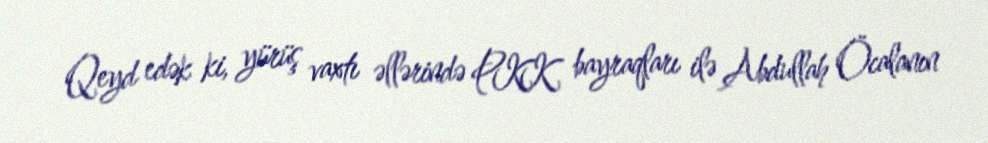
Qeyd edək ki, yürüş vaxtı əllərində PKK bayraqları ilə Abdullah Öcalanın